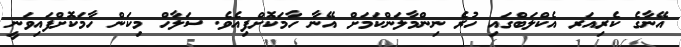
އޭނާގެ ކެރިއަރ އެކްލަބްގައި ހުރެ ނިންމާލަންކަމަށް އޭނާ ހާމަކޮށްފިއެވެ. ސަލާހް މިކަން ހާމަކޮށްފައިވަނީ